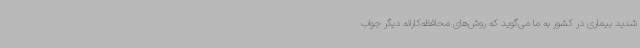
شدید بیماری در کشور به ما می‌گوید که روش‌های محافظه‌کارانه دیگر جواب